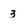
Character: 3